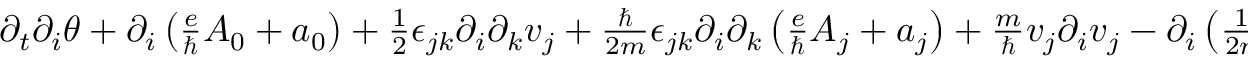
\begin{array} { r } { \partial _ { t } \partial _ { i } \theta + \partial _ { i } \left( \frac { e } { \hbar } A _ { 0 } + a _ { 0 } \right) + \frac { 1 } { 2 } \epsilon _ { j k } \partial _ { i } \partial _ { k } v _ { j } + \frac { \hbar } { 2 m } \epsilon _ { j k } \partial _ { i } \partial _ { k } \left( \frac { e } { \hbar } A _ { j } + a _ { j } \right) + \frac { m } { \hbar } v _ { j } \partial _ { i } v _ { j } - \partial _ { i } \left( \frac { 1 } { 2 n } \epsilon _ { j k } v _ { j } \partial _ { k } n \right) + \frac { 1 } { \hbar } \partial _ { i } V ^ { \prime } ( n ) = 0 . } \end{array}